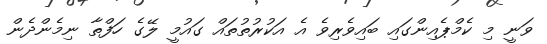
ވަނީ މި ކެމްޕެއިންގައި ބައިވެރިވެ އެ އަކުރުތުތައް ގައުމީ ލޭގެ ހަފްތާ ނިމެންދެން